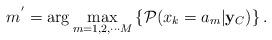
LaTeX: \begin{align*} m^{'} = \arg \max_{m = 1,2,\cdots M} \left\lbrace \mathcal{P}(x_k = a_m|{\bf y}_{C}) \right\rbrace. \end{align*}